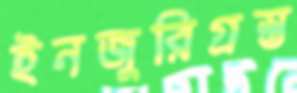
ইনজুরিগ্রস্ত